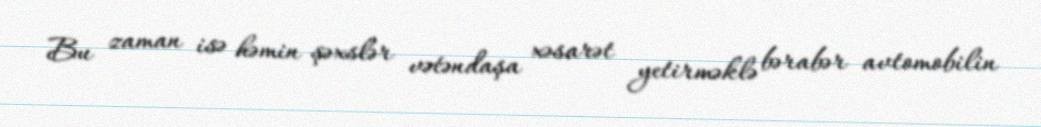
Bu zaman isə həmin şəxslər vətəndaşa xəsarət yetirməklə bərabər avtomobilin